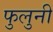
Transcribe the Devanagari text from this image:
फुलुनी